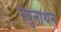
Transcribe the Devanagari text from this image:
रघुनाथन